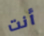
أنت